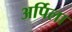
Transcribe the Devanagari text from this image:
अर्पिला